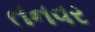
તનવર